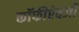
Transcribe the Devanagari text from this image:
कॉफीऐवजी